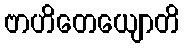
ဗာဟိတေယျောတိ